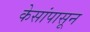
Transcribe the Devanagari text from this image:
केसांपासून